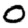
Digit: 0